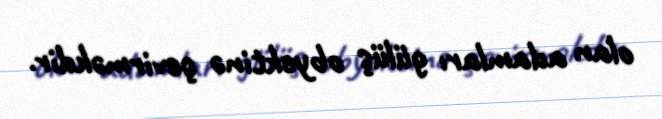
olan adamları gülüş obyektinə çevirməkdir.